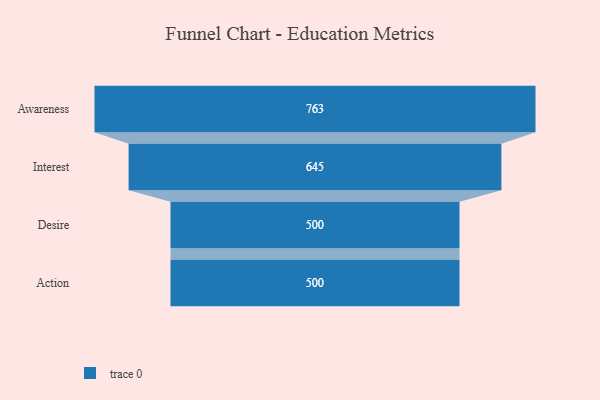
{"axis": {"x": "Stage", "y": "Value"}, "legend": [""], "data": [{"x": "Awareness", "y": 763.0, "type": ""}, {"x": "Interest", "y": 645.0, "type": ""}, {"x": "Desire", "y": 500, "type": ""}, {"x": "Action", "y": 500, "type": ""}]}